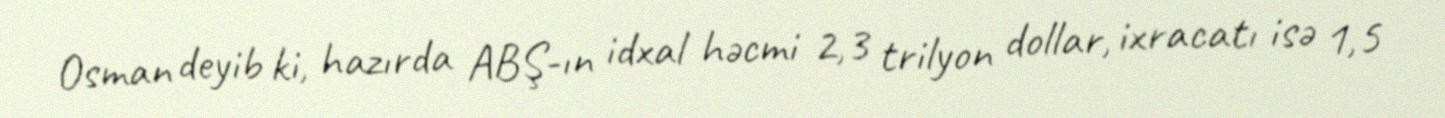
Osman deyib ki, hazırda ABŞ-ın idxal həcmi 2,3 trilyon dollar, ixracatı isə 1,5